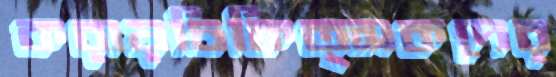
করায়চিকিত্সকদের